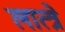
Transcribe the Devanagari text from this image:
लात्त्रे